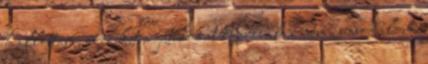
hallottam, és ezeket a játékokat kipróbálva nem is csodálom.